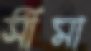
সীমা